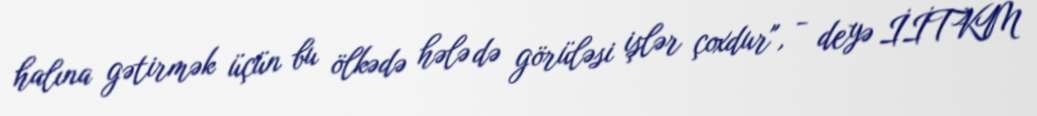
halına gətirmək üçün bu ölkədə hələ də görüləsi işlər çoxdur", - deyə İİTKM